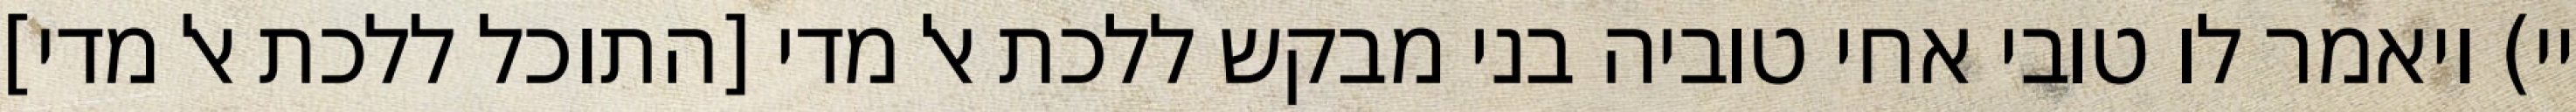
יי) ויאמר לו טובי אחי טוביה בני מבקש ללכת אל מדי [התוכל ללכת אל מדי]